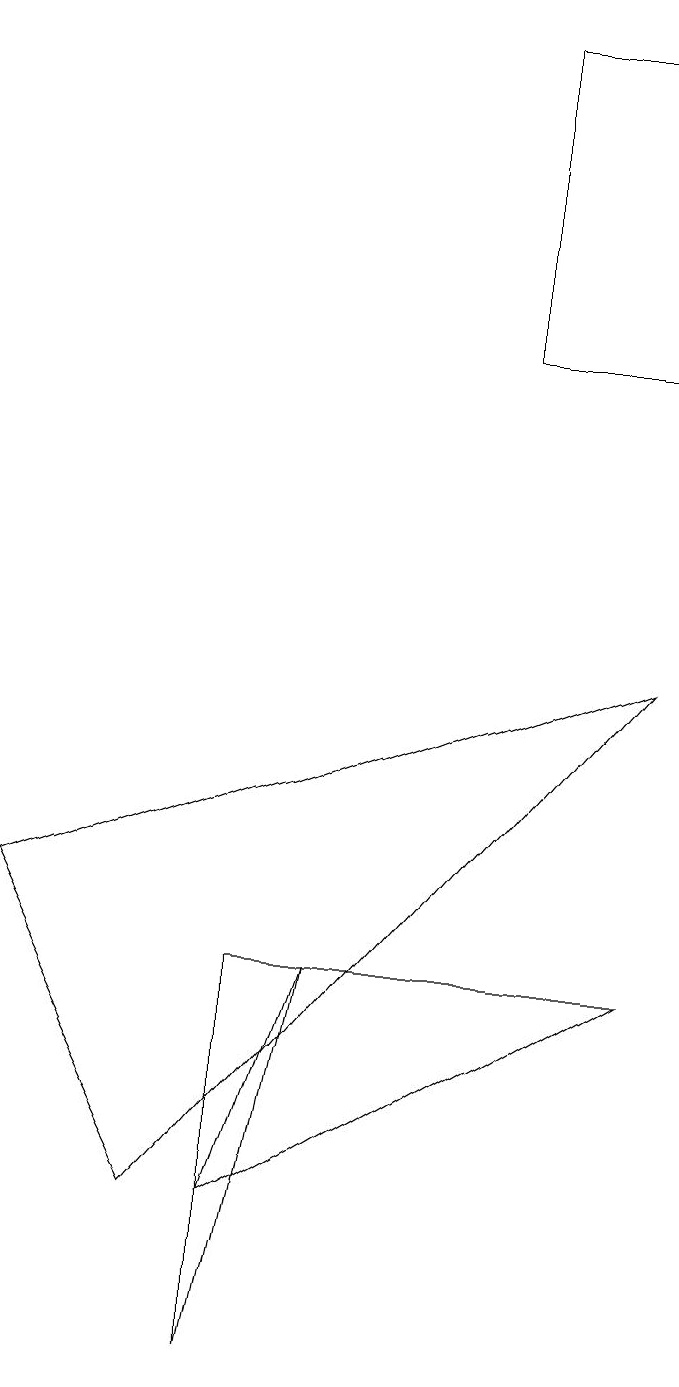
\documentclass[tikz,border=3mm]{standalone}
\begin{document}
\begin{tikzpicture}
\draw (0,6) -- (8,9) -- (2,2) -- cycle;
\draw (3,2) -- (4,5) -- (8,5) -- cycle;
\draw (6,17) rectangle (8,13);
\draw (4,5) -- (3,5) -- (3,0) -- cycle;
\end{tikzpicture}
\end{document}